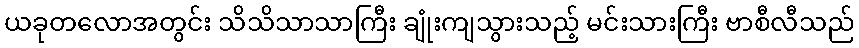
ယခုတလောအတွင်း သိသိသာသာကြီး ချုံးကျသွားသည့် မင်းသားကြီး ဗာစီလီသည်